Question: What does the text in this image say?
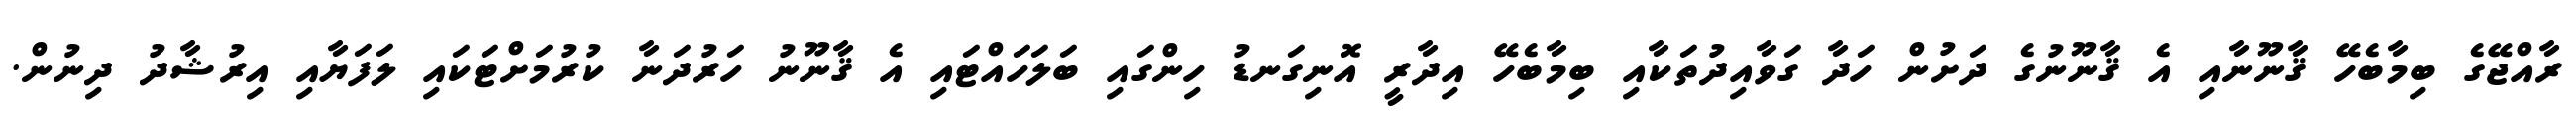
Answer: ރާއްޖޭގެ ބިމާބެހޭ ޤާނޫނާއި އެ ޤާނޫނުގެ ދަށުން ހަދާ ގަވާއިދުތަކާއި ބިމާބެހޭ އިދާރީ އޮނިގަނޑު ހިންގައި ބަލަހައްޓައި އެ ޤާނޫނު ހަރުދަނާ ކުރުމަށްޓަކައި ލަފަޔާއި އިރުޝާދު ދިނުން.